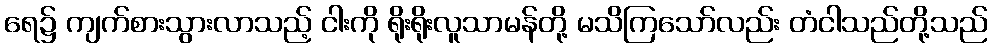
ရေ၌ ကျက်စားသွားလာသည့် ငါးကို ရိုးရိုးလူသာမန်တို့ မသိကြသော်လည်း တံငါသည်တို့သည်